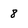
Character: 8